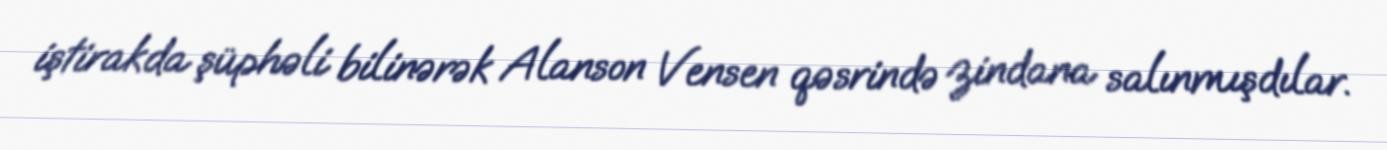
iştirakda şüphəli bilinərək Alanson Vensen qəsrində zindana salınmışdılar.